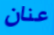
عنان